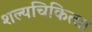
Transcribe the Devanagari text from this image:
शल्‍यचिकित्‍सा